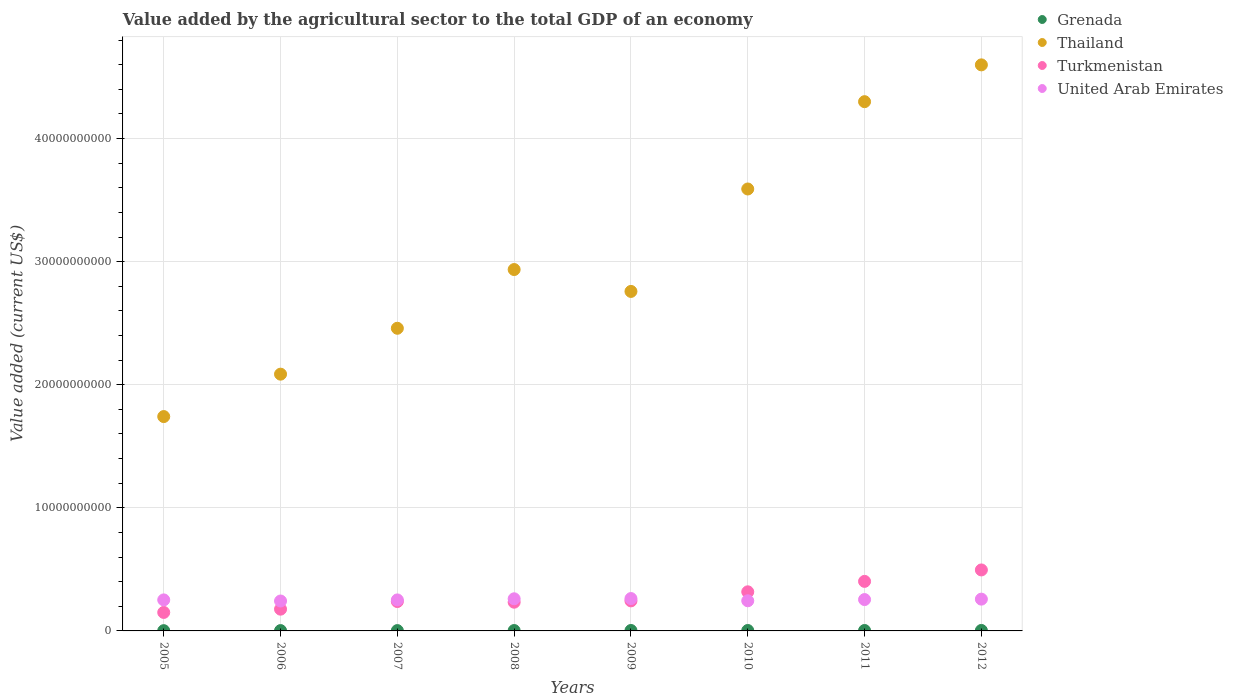
| Years | Grenada | Thailand | Turkmenistan | United Arab Emirates |
 | --- | --- | --- | --- | --- |
 | 2005 | 2.06e+07 | 1.74e+10 | 1.5e+09 | 2.52e+09 |
 | 2006 | 2.72e+07 | 2.09e+10 | 1.77e+09 | 2.43e+09 |
 | 2007 | 2.7e+07 | 2.46e+10 | 2.39e+09 | 2.52e+09 |
 | 2008 | 3.11e+07 | 2.94e+10 | 2.33e+09 | 2.61e+09 |
 | 2009 | 3.57e+07 | 2.76e+10 | 2.44e+09 | 2.63e+09 |
 | 2010 | 3.48e+07 | 3.59e+10 | 3.18e+09 | 2.45e+09 |
 | 2011 | 3.46e+07 | 4.3e+10 | 4.03e+09 | 2.55e+09 |
 | 2012 | 3.87e+07 | 4.6e+10 | 4.95e+09 | 2.58e+09 |